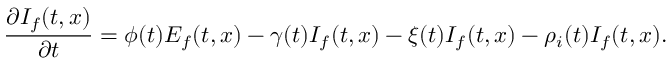
\frac { \partial I _ { f } ( t , x ) } { \partial t } = \phi ( t ) E _ { f } ( t , x ) - \gamma ( t ) I _ { f } ( t , x ) - \xi ( t ) I _ { f } ( t , x ) - \rho _ { i } ( t ) I _ { f } ( t , x ) .